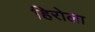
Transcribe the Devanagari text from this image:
हिरोला